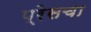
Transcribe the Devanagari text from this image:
प्रेसचा